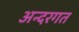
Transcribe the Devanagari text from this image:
अन्दरगत